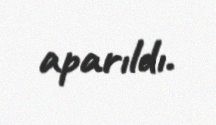
aparıldı.